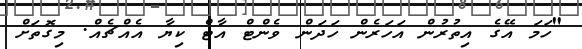
"ހަމަ އޭގެ އިތުރުން އަހަރެން ހަދަން ވެންޓް އާޓް ކިޔާ އެއްޗެއް. މިގޮތަށް